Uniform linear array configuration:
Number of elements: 16
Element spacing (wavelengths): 0.25
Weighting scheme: hann
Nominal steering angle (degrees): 15
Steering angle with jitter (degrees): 15.824
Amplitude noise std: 0.05
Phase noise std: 0.05

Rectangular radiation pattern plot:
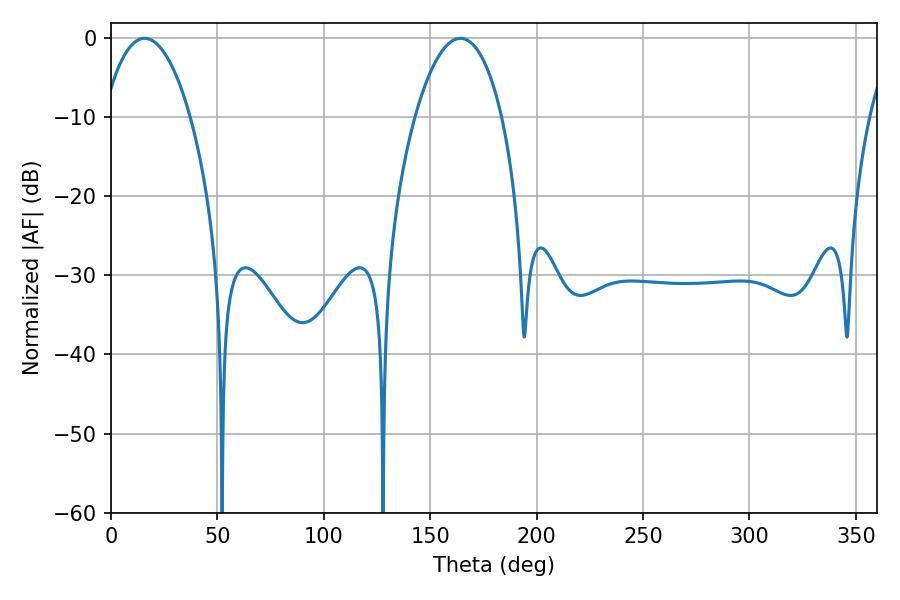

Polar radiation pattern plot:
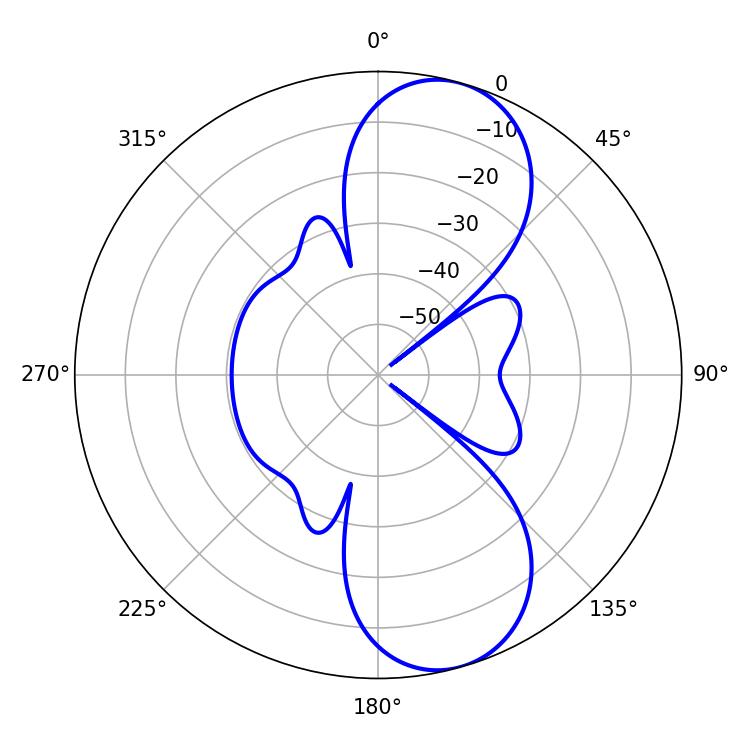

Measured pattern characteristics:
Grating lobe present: FALSE
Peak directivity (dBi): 9.308
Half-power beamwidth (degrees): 22.86
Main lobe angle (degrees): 15.84